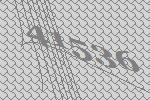
41536